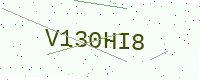
Text: V130HI8